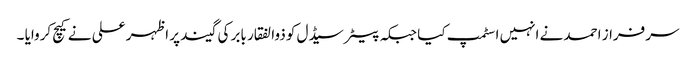
سرفراز احمد نے انہیں اسٹمپ کیا جبکہ پیٹر سیڈل کو ذوالفقار بابر کی گیند پر اظہر علی نے کیچ کروایا ۔